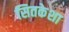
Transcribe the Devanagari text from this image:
सितकेशा